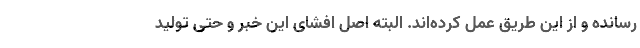
رسانده و از این طریق عمل کرده‌اند. البته اصل افشای این خبر و حتی تولید